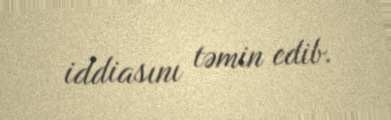
iddiasını təmin edib.